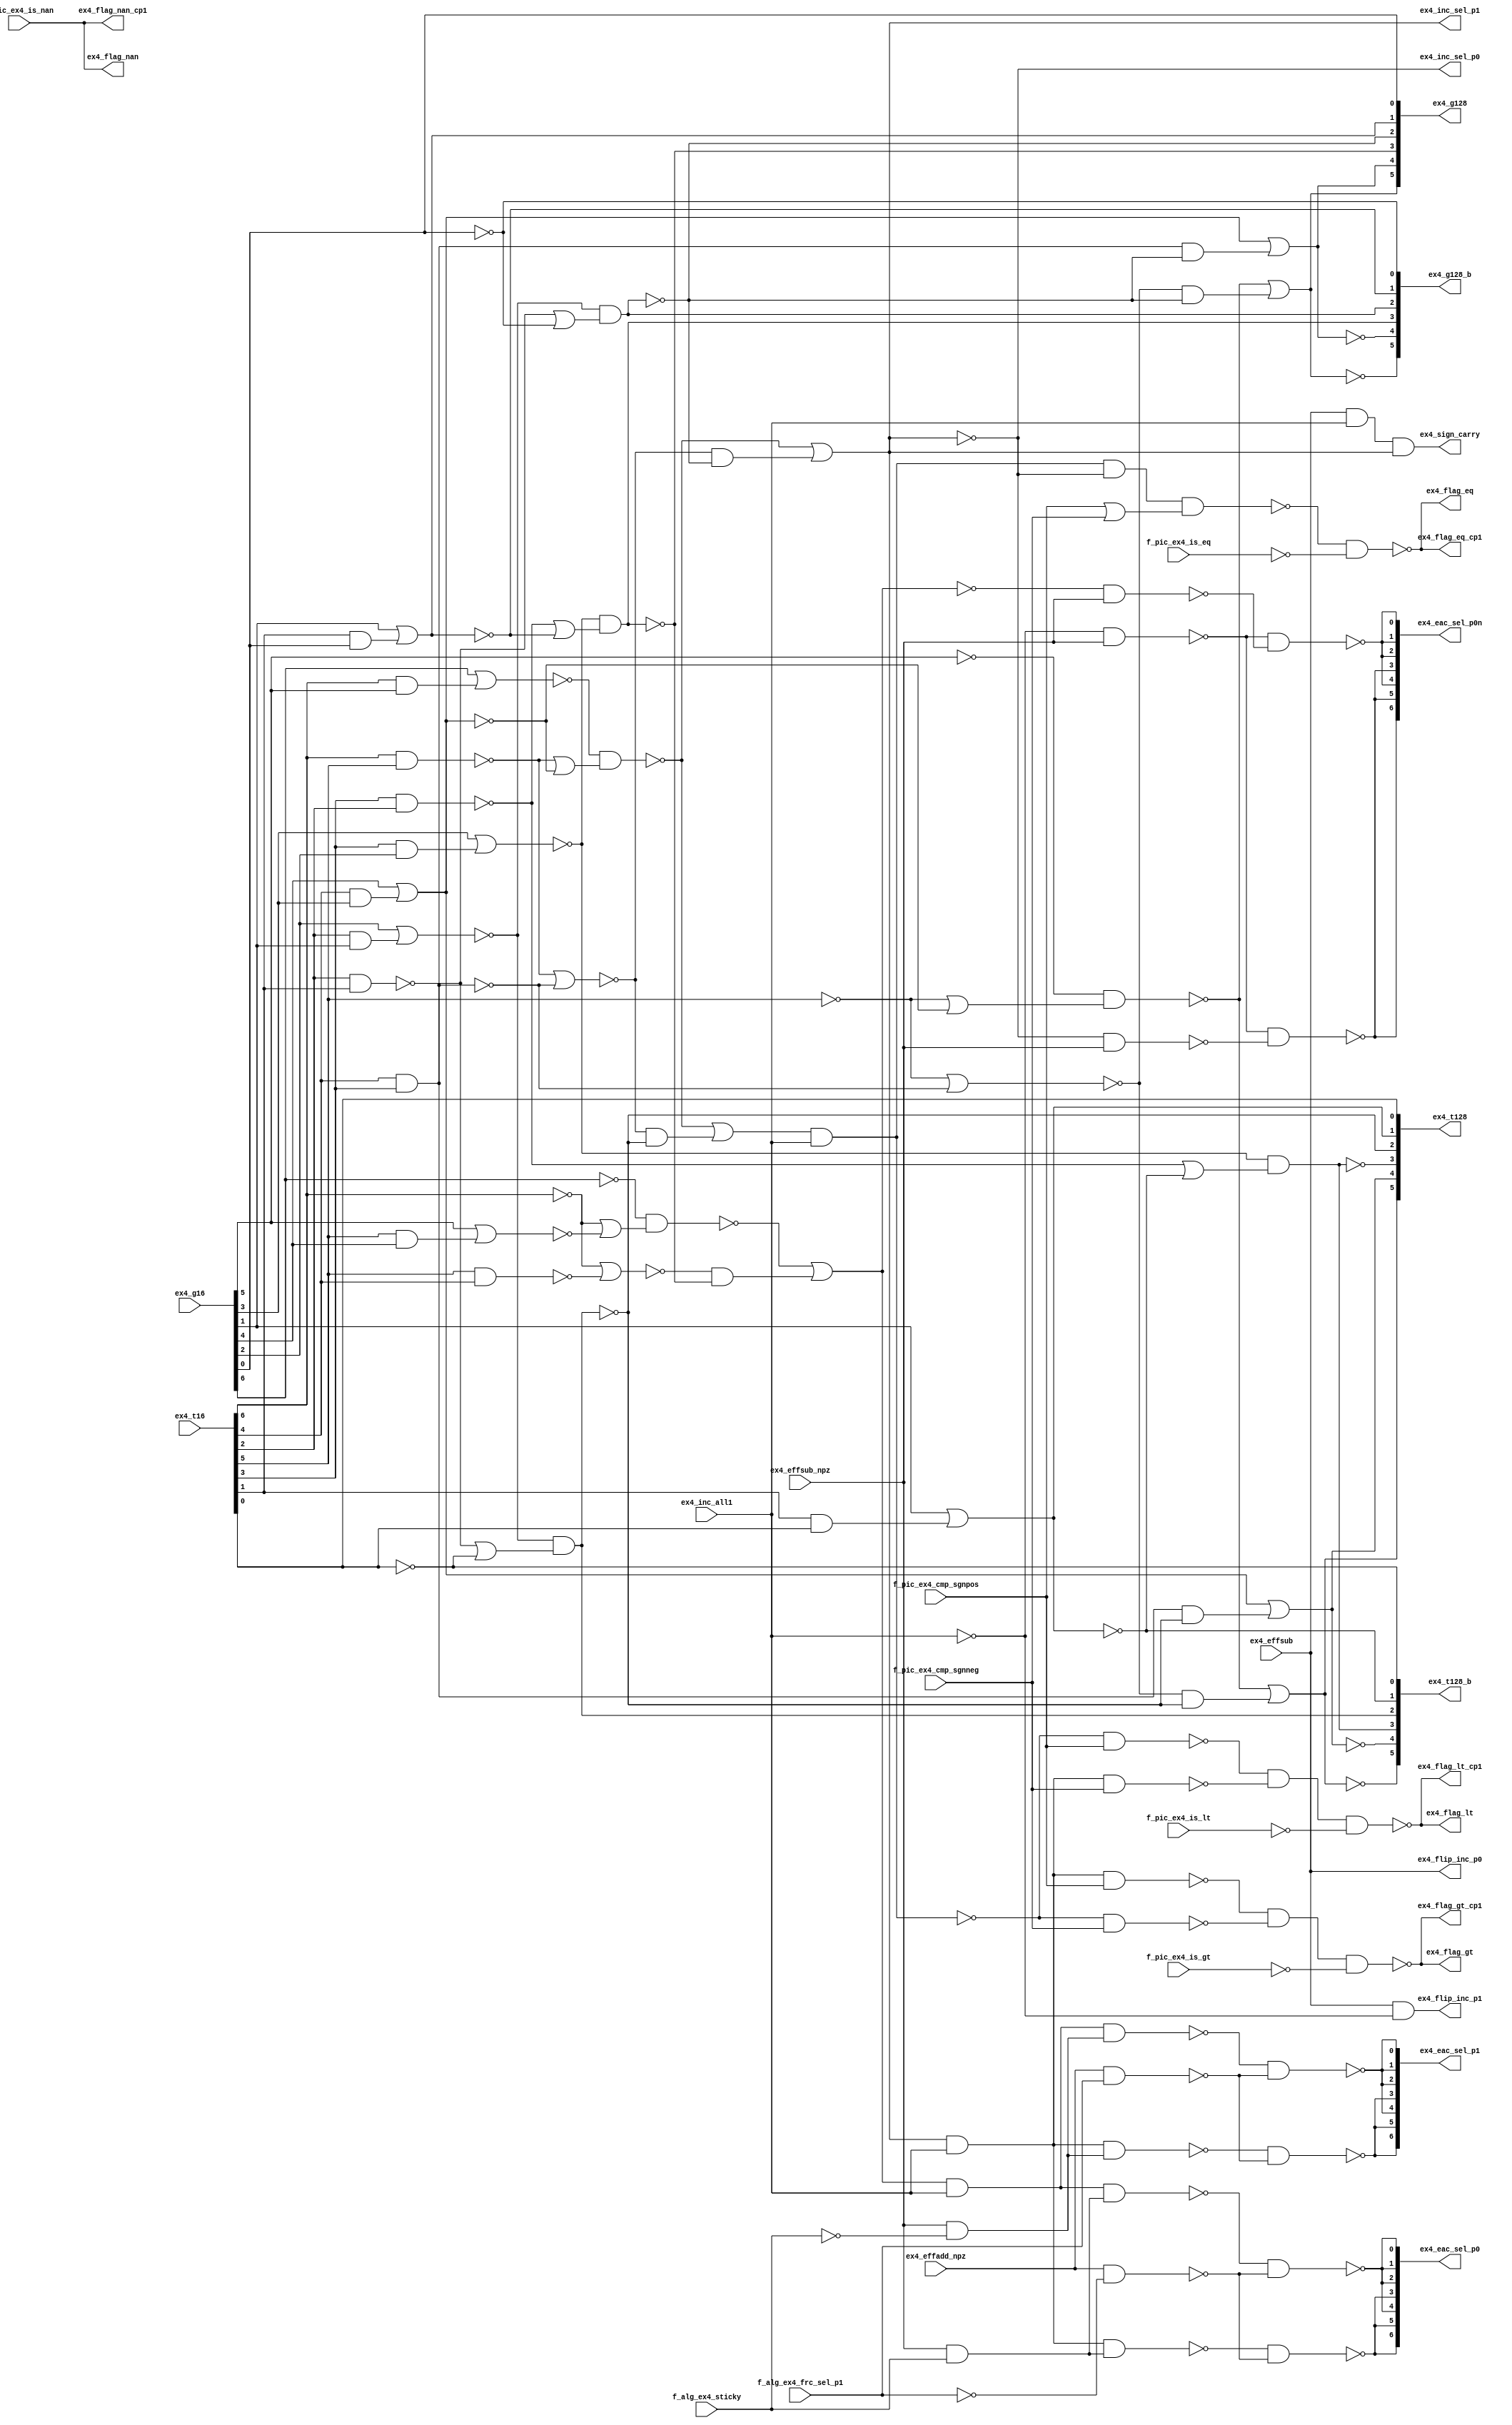
module fu_add_glbc(
   ex4_g16,
   ex4_t16,
   ex4_inc_all1,
   ex4_effsub,
   ex4_effsub_npz,
   ex4_effadd_npz,
   f_alg_ex4_frc_sel_p1,
   f_alg_ex4_sticky,
   f_pic_ex4_is_nan,
   f_pic_ex4_is_gt,
   f_pic_ex4_is_lt,
   f_pic_ex4_is_eq,
   f_pic_ex4_cmp_sgnpos,
   f_pic_ex4_cmp_sgnneg,
   ex4_g128,
   ex4_g128_b,
   ex4_t128,
   ex4_t128_b,
   ex4_flip_inc_p0,
   ex4_flip_inc_p1,
   ex4_inc_sel_p0,
   ex4_inc_sel_p1,
   ex4_eac_sel_p0n,
   ex4_eac_sel_p0,
   ex4_eac_sel_p1,
   ex4_sign_carry,
   ex4_flag_nan_cp1,
   ex4_flag_gt_cp1,
   ex4_flag_lt_cp1,
   ex4_flag_eq_cp1,
   ex4_flag_nan,
   ex4_flag_gt,
   ex4_flag_lt,
   ex4_flag_eq
);
   input [0:6]  ex4_g16;		// from each byte section
   input [0:6]  ex4_t16;		// from each byte section

   input        ex4_inc_all1;
   input        ex4_effsub;
   input        ex4_effsub_npz;
   input        ex4_effadd_npz;
   input        f_alg_ex4_frc_sel_p1;
   input        f_alg_ex4_sticky;
   input        f_pic_ex4_is_nan;
   input        f_pic_ex4_is_gt;
   input        f_pic_ex4_is_lt;
   input        f_pic_ex4_is_eq;
   input        f_pic_ex4_cmp_sgnpos;
   input        f_pic_ex4_cmp_sgnneg;
   //------------------
   output [1:6] ex4_g128;		// to each byte section
   output [1:6] ex4_g128_b;		// to each byte section
   output [1:6] ex4_t128;		// to each byte section
   output [1:6] ex4_t128_b;		// to each byte section
   //------------------
   output       ex4_flip_inc_p0;
   output       ex4_flip_inc_p1;
   output       ex4_inc_sel_p0;
   output       ex4_inc_sel_p1;
   output [0:6] ex4_eac_sel_p0n;
   output [0:6] ex4_eac_sel_p0;
   output [0:6] ex4_eac_sel_p1;

   output       ex4_sign_carry;
   output       ex4_flag_nan_cp1;
   output       ex4_flag_gt_cp1;
   output       ex4_flag_lt_cp1;
   output       ex4_flag_eq_cp1;
   output       ex4_flag_nan;
   output       ex4_flag_gt;
   output       ex4_flag_lt;
   output       ex4_flag_eq;

   parameter    tiup = 1'b1;
   parameter    tidn = 1'b0;

   wire         cp0_g32_01_b;
   wire         cp0_g32_23_b;
   wire         cp0_g32_45_b;
   wire         cp0_g32_66_b;
   wire         cp0_t32_01_b;
   wire         cp0_t32_23_b;
   wire         cp0_t32_45_b;
   wire         cp0_t32_66_b;
   wire         cp0_g64_03;
   wire         cp0_g64_46;
   wire         cp0_t64_03;
   wire         cp0_t64_46;
   wire         cp0_g128_06_b;
   wire         cp0_t128_06_b;
   wire         cp0_all1_b;
   wire         cp0_all1_p;
   wire         cp0_co_p0;
   wire         cp0_co_p1;
   wire         cp0_flip_inc_p1_b;
   wire         ex4_inc_sel_p0_b;
   wire         ex4_sign_carry_b;
   wire         ex4_my_gt_b;
   wire         ex4_my_lt;
   wire         ex4_my_eq_b;
   wire         ex4_my_gt;
   wire         ex4_my_eq;
   wire         ex4_gt_pos_b;
   wire         ex4_gt_neg_b;
   wire         ex4_lt_pos_b;
   wire         ex4_lt_neg_b;
   wire         ex4_eq_eq_b;
   wire         ex4_is_gt_b;
   wire         ex4_is_lt_b;
   wire         ex4_is_eq_b;
   wire         ex4_sgn_eq;

   wire         cp7_g32_00_b;
   wire         cp7_g32_12_b;
   wire         cp7_g32_34_b;
   wire         cp7_g32_56_b;
   wire         cp7_t32_00_b;
   wire         cp7_t32_12_b;
   wire         cp7_t32_34_b;
   wire         cp7_g64_02;
   wire         cp7_g64_36;
   wire         cp7_t64_02;
   wire         cp7_g128_06_b;
   wire         cp7_all1_b;
   wire         cp7_all1_p;
   wire         cp7_co_p0;
   wire         cp7_sel_p0n_x_b;
   wire         cp7_sel_p0n_y_b;
   wire         cp7_sel_p0_b;
   wire         cp7_sel_p1_b;
   wire         cp7_sub_sticky;
   wire         cp7_sub_stickyn;
   wire         cp7_add_frcp1_b;
   wire         cp7_add_frcp0_b;

   wire         cp6_g32_00_b;
   wire         cp6_g32_12_b;
   wire         cp6_g32_34_b;
   wire         cp6_g32_56_b;
   wire         cp6_t32_00_b;
   wire         cp6_t32_12_b;
   wire         cp6_t32_34_b;
   wire         cp6_g64_02;
   wire         cp6_g64_36;
   wire         cp6_t64_02;
   wire         cp6_g128_06_b;
   wire         cp6_all1_b;
   wire         cp6_all1_p;
   wire         cp6_co_p0;
   wire         cp6_sel_p0n_x_b;
   wire         cp6_sel_p0n_y_b;
   wire         cp6_sel_p0_b;
   wire         cp6_sel_p1_b;
   wire         cp6_sub_sticky;
   wire         cp6_sub_stickyn;
   wire         cp6_add_frcp1_b;
   wire         cp6_add_frcp0_b;

   wire         cp5_g32_00_b;
   wire         cp5_g32_12_b;
   wire         cp5_g32_34_b;
   wire         cp5_g32_56_b;
   wire         cp5_t32_00_b;
   wire         cp5_t32_12_b;
   wire         cp5_t32_34_b;
   wire         cp5_t32_56_b;
   wire         cp5_g64_02;
   wire         cp5_g64_36;
   wire         cp5_t64_02;
   wire         cp5_g128_06_b;
   wire         cp5_all1_b;
   wire         cp5_all1_p;
   wire         cp5_co_p0;
   wire         cp5_sel_p0n_x_b;
   wire         cp5_sel_p0n_y_b;
   wire         cp5_sel_p0_b;
   wire         cp5_sel_p1_b;
   wire         cp5_sub_sticky;
   wire         cp5_sub_stickyn;
   wire         cp5_add_frcp1_b;
   wire         cp5_add_frcp0_b;

   wire         cp4_g32_01_b;
   wire         cp4_g32_23_b;
   wire         cp4_g32_45_b;
   wire         cp4_g32_66_b;
   wire         cp4_t32_01_b;
   wire         cp4_t32_23_b;
   wire         cp4_t32_45_b;
   wire         cp4_t32_66_b;
   wire         cp4_g64_03;
   wire         cp4_g64_46;
   wire         cp4_t64_03;
   wire         cp4_t64_46;
   wire         cp4_g128_06_b;
   wire         cp4_all1_b;
   wire         cp4_all1_p;
   wire         cp4_co_p0;
   wire         cp4_sel_p0n_x_b;
   wire         cp4_sel_p0n_y_b;
   wire         cp4_sel_p0_b;
   wire         cp4_sel_p1_b;
   wire         cp4_sub_sticky;
   wire         cp4_sub_stickyn;
   wire         cp4_add_frcp1_b;
   wire         cp4_add_frcp0_b;

   wire         cp3_g32_00_b;
   wire         cp3_g32_12_b;
   wire         cp3_g32_34_b;
   wire         cp3_g32_56_b;
   wire         cp3_t32_00_b;
   wire         cp3_t32_12_b;
   wire         cp3_t32_34_b;
   wire         cp3_t32_56_b;
   wire         cp3_g64_02;
   wire         cp3_g64_36;
   wire         cp3_t64_02;
   wire         cp3_t64_36;
   wire         cp3_g128_06_b;
   wire         cp3_all1_b;
   wire         cp3_all1_p;
   wire         cp3_co_p0;
   wire         cp3_sel_p0n_x_b;
   wire         cp3_sel_p0n_y_b;
   wire         cp3_sel_p0_b;
   wire         cp3_sel_p1_b;
   wire         cp3_sub_sticky;
   wire         cp3_sub_stickyn;
   wire         cp3_add_frcp1_b;
   wire         cp3_add_frcp0_b;

   wire         cp2_g32_01_b;
   wire         cp2_g32_23_b;
   wire         cp2_g32_45_b;
   wire         cp2_g32_66_b;
   wire         cp2_t32_01_b;
   wire         cp2_t32_23_b;
   wire         cp2_t32_45_b;
   wire         cp2_t32_66_b;
   wire         cp2_g64_03;
   wire         cp2_g64_46;
   wire         cp2_t64_03;
   wire         cp2_t64_46;
   wire         cp2_g128_06_b;
   wire         cp2_all1_b;
   wire         cp2_all1_p;
   wire         cp2_co_p0;
   wire         cp2_sel_p0n_x_b;
   wire         cp2_sel_p0n_y_b;
   wire         cp2_sel_p0_b;
   wire         cp2_sel_p1_b;
   wire         cp2_sub_sticky;
   wire         cp2_sub_stickyn;
   wire         cp2_add_frcp1_b;
   wire         cp2_add_frcp0_b;

   wire         cp1_g32_01_b;
   wire         cp1_g32_23_b;
   wire         cp1_g32_45_b;
   wire         cp1_g32_66_b;
   wire         cp1_t32_01_b;
   wire         cp1_t32_23_b;
   wire         cp1_t32_45_b;
   wire         cp1_t32_66_b;
   wire         cp1_g64_03;
   wire         cp1_g64_46;
   wire         cp1_t64_03;
   wire         cp1_t64_46;
   wire         cp1_g128_06_b;
   wire         cp1_all1_b;
   wire         cp1_all1_p;
   wire         cp1_co_p0;
   wire         cp1_sel_p0n_x_b;
   wire         cp1_sel_p0n_y_b;
   wire         cp1_sel_p0_b;
   wire         cp1_sel_p1_b;
   wire         cp1_sub_sticky;
   wire         cp1_sub_stickyn;
   wire         cp1_add_frcp1_b;
   wire         cp1_add_frcp0_b;

   wire         cp1_g32_11_b;		//EXTRA
   wire         cp1_t32_11_b;
   wire         cp1_g64_13;
   wire         cp1_t64_13;
   wire         cp1_g128_16_b;
   wire         cp1_t128_16_b;
   wire         cp2_g64_23;
   wire         cp2_t64_23;
   wire         cp2_g128_26_b;
   wire         cp2_t128_26_b;
   wire         cp3_g128_36_b;
   wire         cp3_t128_36_b;
   wire         cp4_g128_46_b;
   wire         cp4_t128_46_b;
   wire         cp5_g64_56;
   wire         cp5_t64_56;
   wire         cp5_g128_56_b;
   wire         cp5_t128_56_b;
   wire         cp6_g32_66_b;
   wire         cp6_t32_66_b;

   wire         cp1_g128_16;		//DRIVER
   wire         cp1_t128_16;
   wire         cp2_g128_26;
   wire         cp2_t128_26;
   wire         cp3_g128_36;
   wire         cp3_t128_36;
   wire         cp4_g128_46;
   wire         cp4_t128_46;
   wire         cp5_g128_56;
   wire         cp5_t128_56;
   wire         cp6_g128_66;
   wire         cp6_t128_66;


   //=#########################################
   //= global carry chain <PARALLEL VERSIONS>
   //=#########################################
   // try to put all long wire from BYT to global
   // parallel copies should allow for smaller aoi/oai blocks

   //=#########################################
   //= CMP COPY
   //=#########################################

   //      --compare stuff----
   //        -- c0 : gt
   //        -- c1 : ge
   //
   //      ex4_my_eq <=    (ex4_add_co_p1 and ex4_inc_all1 ) and not ex4_add_co_p0; --  ge * !gt
   //      ex4_my_gt <=    (ex4_add_co_p0 and ex4_inc_all1 )                          ; --        gt
   //      ex4_my_lt <= not(ex4_add_co_p1 and ex4_inc_all1 )                          ; -- !ge
   //
   //      ex4_flag_nan  <= f_pic_ex4_is_nan;
   //      ex4_flag_gt   <= f_pic_ex4_is_gt  or (f_pic_ex4_cmp_sgnpos and ex4_my_gt) or (f_pic_ex4_cmp_sgnneg and ex4_my_lt) ;
   //      ex4_flag_lt   <= f_pic_ex4_is_lt  or (f_pic_ex4_cmp_sgnpos and ex4_my_lt) or (f_pic_ex4_cmp_sgnneg and ex4_my_gt) ;
   //      ex4_flag_eq   <= f_pic_ex4_is_eq  or (f_pic_ex4_cmp_sgnpos and ex4_my_eq) or (f_pic_ex4_cmp_sgnneg and ex4_my_eq) ;

   assign cp0_g32_01_b = (~(ex4_g16[0] | (ex4_t16[0] & ex4_g16[1])));		//cw_aoi21
   assign cp0_g32_23_b = (~(ex4_g16[2] | (ex4_t16[2] & ex4_g16[3])));		//cw_aoi21
   assign cp0_g32_45_b = (~(ex4_g16[4] | (ex4_t16[4] & ex4_g16[5])));		//cw_aoi21
   assign cp0_g32_66_b = (~(ex4_g16[6]));		//cw_invert --done

   assign cp0_t32_01_b = (~(ex4_t16[0] & ex4_t16[1]));		//cw_nand2
   assign cp0_t32_23_b = (~(ex4_t16[2] & ex4_t16[3]));		//cw_nand2
   assign cp0_t32_45_b = (~(ex4_t16[4] & ex4_t16[5]));		//cw_nand2
   assign cp0_t32_66_b = (~(ex4_t16[6]));		//cw_invert

   assign cp0_g64_03 = (~(cp0_g32_01_b & (cp0_t32_01_b | cp0_g32_23_b)));		//cw_oai21
   assign cp0_g64_46 = (~(cp0_g32_45_b & (cp0_t32_45_b | cp0_g32_66_b)));		//cw_oai21

   assign cp0_t64_03 = (~(cp0_t32_01_b | cp0_t32_23_b));		//cw_nor2
   assign cp0_t64_46 = (~(cp0_g32_45_b & (cp0_t32_45_b | cp0_t32_66_b)));		//cw_oai21

   assign cp0_g128_06_b = (~(cp0_g64_03 | (cp0_t64_03 & cp0_g64_46)));		//cw_aoi21
   assign cp0_t128_06_b = (~(cp0_g64_03 | (cp0_t64_03 & cp0_t64_46)));		//cw_aoi21

   assign cp0_all1_b = (~ex4_inc_all1);		//cw_invert
   assign cp0_all1_p = (~cp0_all1_b);		//cw_invert
   assign cp0_co_p0 = (~(cp0_g128_06_b));		//cw_invert
   assign cp0_co_p1 = (~(cp0_t128_06_b));		//cw_invert

   //-------------- incr eac selects --------------------

   assign ex4_flip_inc_p0 = ex4_effsub;		//NOT MAPPED --output--
   assign cp0_flip_inc_p1_b = (~(ex4_effsub & cp0_all1_b));		//cw_nand2
   assign ex4_flip_inc_p1 = (~(cp0_flip_inc_p1_b));		//cw_invert --output--

   assign ex4_inc_sel_p1 = (~cp0_g128_06_b);		//cw_invert --OUTPUT--
   assign ex4_inc_sel_p0_b = (~cp0_g128_06_b);		//cw_invert
   assign ex4_inc_sel_p0 = (~ex4_inc_sel_p0_b);		//cw_invert --OUTPUT--

   //-------------- sign selects --------------------

   assign ex4_sign_carry_b = (~(ex4_effsub & cp0_all1_p & cp0_co_p0));		//cw_nand3
   assign ex4_sign_carry = (~(ex4_sign_carry_b));		//cw_invert --OUTPUT--

   //--------------- compares ---------------------------

   assign ex4_my_gt_b = (~(cp0_co_p0 & cp0_all1_p));		//cw_nand2
   assign ex4_my_lt = (~(cp0_co_p1 & cp0_all1_p));		//cw_nand2
   assign ex4_my_eq_b = (~(cp0_co_p1 & cp0_all1_p & cp0_g128_06_b));		//cw_nand3

   assign ex4_my_gt = (~ex4_my_gt_b);		//cw_invert
   assign ex4_my_eq = (~ex4_my_eq_b);		//cw_invert

   assign ex4_gt_pos_b = (~(ex4_my_gt & f_pic_ex4_cmp_sgnpos));		//cw_nand2
   assign ex4_gt_neg_b = (~(ex4_my_lt & f_pic_ex4_cmp_sgnneg));		//cw_nand2
   assign ex4_lt_pos_b = (~(ex4_my_lt & f_pic_ex4_cmp_sgnpos));		//cw_nand2
   assign ex4_lt_neg_b = (~(ex4_my_gt & f_pic_ex4_cmp_sgnneg));		//cw_nand2
   assign ex4_eq_eq_b = (~(ex4_my_eq & ex4_sgn_eq));		//cw_nand3

   assign ex4_flag_gt = (~(ex4_gt_pos_b & ex4_gt_neg_b & ex4_is_gt_b));		//cw_nand3 --output--
   assign ex4_flag_gt_cp1 = (~(ex4_gt_pos_b & ex4_gt_neg_b & ex4_is_gt_b));		//cw_nand3 --output--
   assign ex4_flag_lt = (~(ex4_lt_pos_b & ex4_lt_neg_b & ex4_is_lt_b));		//cw_nand3 --output--
   assign ex4_flag_lt_cp1 = (~(ex4_lt_pos_b & ex4_lt_neg_b & ex4_is_lt_b));		//cw_nand3 --output--
   assign ex4_flag_eq = (~(ex4_eq_eq_b & ex4_is_eq_b));		//cw_nand2 --output--
   assign ex4_flag_eq_cp1 = (~(ex4_eq_eq_b & ex4_is_eq_b));		//cw_nand2 --output--

   assign ex4_flag_nan = f_pic_ex4_is_nan;		//NOT MAPPED --output--
   assign ex4_flag_nan_cp1 = f_pic_ex4_is_nan;		//NOT MAPPED --output--

   assign ex4_is_gt_b = (~(f_pic_ex4_is_gt));		//NOT MAPPED
   assign ex4_is_lt_b = (~(f_pic_ex4_is_lt));		//NOT MAPPED
   assign ex4_is_eq_b = (~(f_pic_ex4_is_eq));		//NOT MAPPED
   assign ex4_sgn_eq = f_pic_ex4_cmp_sgnpos | f_pic_ex4_cmp_sgnneg;		//NOT MAPPED

   //=#########################################
   //= BYT_0 MSB COPY
   //=#########################################

   assign cp1_g32_11_b = (~(ex4_g16[1]));		//cw_aoi21 --EXTRA
   assign cp1_g32_01_b = (~(ex4_g16[0] | (ex4_t16[0] & ex4_g16[1])));		//cw_aoi21
   assign cp1_g32_23_b = (~(ex4_g16[2] | (ex4_t16[2] & ex4_g16[3])));		//cw_aoi21
   assign cp1_g32_45_b = (~(ex4_g16[4] | (ex4_t16[4] & ex4_g16[5])));		//cw_aoi21
   assign cp1_g32_66_b = (~(ex4_g16[6]));		//cw_invert --done

   assign cp1_t32_11_b = (~(ex4_t16[1]));		//cw_invert --EXTRA
   assign cp1_t32_01_b = (~(ex4_t16[0] & ex4_t16[1]));		//cw_nand2
   assign cp1_t32_23_b = (~(ex4_t16[2] & ex4_t16[3]));		//cw_nand2
   assign cp1_t32_45_b = (~(ex4_t16[4] & ex4_t16[5]));		//cw_nand2
   assign cp1_t32_66_b = (~(ex4_t16[6]));		//cw_invert

   assign cp1_g64_03 = (~(cp1_g32_01_b & (cp1_t32_01_b | cp1_g32_23_b)));		//cw_oai21
   assign cp1_g64_13 = (~(cp1_g32_11_b & (cp1_t32_11_b | cp1_g32_23_b)));		//cw_oai21 --EXTRA
   assign cp1_g64_46 = (~(cp1_g32_45_b & (cp1_t32_45_b | cp1_g32_66_b)));		//cw_oai21

   assign cp1_t64_03 = (~(cp1_t32_01_b | cp1_t32_23_b));		//cw_nor2
   assign cp1_t64_13 = (~(cp1_t32_11_b | cp1_t32_23_b));		//cw_nor2 --EXTRA
   assign cp1_t64_46 = (~(cp1_g32_45_b & (cp1_t32_45_b | cp1_t32_66_b)));		//cw_oai21

   assign cp1_g128_06_b = (~(cp1_g64_03 | (cp1_t64_03 & cp1_g64_46)));		//cw_aoi21
   assign cp1_g128_16_b = (~(cp1_g64_13 | (cp1_t64_13 & cp1_g64_46)));		//cw_aoi21 --EXTRA
   assign cp1_t128_16_b = (~(cp1_g64_13 | (cp1_t64_13 & cp1_t64_46)));		//cw_aoi21 --EXTRA

   assign ex4_g128[1] = (~(cp1_g128_16_b));		//cw_invert --OUTPUT--
   assign cp1_g128_16 = (~(cp1_g128_16_b));		//cw_invert
   assign ex4_g128_b[1] = (~(cp1_g128_16));		//cw_invert --OUTPUT--
   assign ex4_t128[1] = (~(cp1_t128_16_b));		//cw_invert --OUTPUT--
   assign cp1_t128_16 = (~(cp1_t128_16_b));		//cw_invert
   assign ex4_t128_b[1] = (~(cp1_t128_16));		//cw_invert --OUTPUT--

   assign cp1_all1_b = (~ex4_inc_all1);		//cw_invert
   assign cp1_all1_p = (~cp1_all1_b);		//cw_invert
   assign cp1_co_p0 = (~(cp1_g128_06_b));		//cw_invert

   assign cp1_sel_p0n_x_b = (~(cp1_all1_b & ex4_effsub_npz));		//cw_nand2
   assign cp1_sel_p0n_y_b = (~(cp1_g128_06_b & ex4_effsub_npz));		//cw_nand2
   assign cp1_sel_p0_b = (~(cp1_co_p0 & cp1_all1_p & cp1_sub_sticky));		//cw_nand3
   assign cp1_sel_p1_b = (~(cp1_co_p0 & cp1_all1_p & cp1_sub_stickyn));		//cw_nand3

   assign ex4_eac_sel_p0n[0] = (~(cp1_sel_p0n_x_b & cp1_sel_p0n_y_b));		//cw_nand2 --OUTPUT--
   assign ex4_eac_sel_p0[0] = (~(cp1_sel_p0_b & cp1_add_frcp0_b));		//cw_nand2 --OUTPUT--
   assign ex4_eac_sel_p1[0] = (~(cp1_sel_p1_b & cp1_add_frcp1_b));		//cw_nand2 --OUTPUT--

   assign cp1_sub_sticky = ex4_effsub_npz & f_alg_ex4_sticky;		//NOT MAPPED
   assign cp1_sub_stickyn = ex4_effsub_npz & (~f_alg_ex4_sticky);		//NOT MAPPED
   assign cp1_add_frcp1_b = (~(ex4_effadd_npz & f_alg_ex4_frc_sel_p1));		//NOT MAPPED
   assign cp1_add_frcp0_b = (~(ex4_effadd_npz & (~f_alg_ex4_frc_sel_p1)));		//NOT MAPPED

   //=#########################################
   //= BYT_1 MSB COPY
   //=#########################################

   assign cp2_g32_01_b = (~(ex4_g16[0] | (ex4_t16[0] & ex4_g16[1])));		//cw_aoi21
   assign cp2_g32_23_b = (~(ex4_g16[2] | (ex4_t16[2] & ex4_g16[3])));		//cw_aoi21
   assign cp2_g32_45_b = (~(ex4_g16[4] | (ex4_t16[4] & ex4_g16[5])));		//cw_aoi21
   assign cp2_g32_66_b = (~(ex4_g16[6]));		//cw_invert --done

   assign cp2_t32_01_b = (~(ex4_t16[0] & ex4_t16[1]));		//cw_nand2
   assign cp2_t32_23_b = (~(ex4_t16[2] & ex4_t16[3]));		//cw_nand2
   assign cp2_t32_45_b = (~(ex4_t16[4] & ex4_t16[5]));		//cw_nand2
   assign cp2_t32_66_b = (~(ex4_t16[6]));		//cw_invert

   assign cp2_g64_23 = (~(cp2_g32_23_b));		//cw_invert --EXTRA
   assign cp2_g64_03 = (~(cp2_g32_01_b & (cp2_t32_01_b | cp2_g32_23_b)));		//cw_oai21
   assign cp2_g64_46 = (~(cp2_g32_45_b & (cp2_t32_45_b | cp2_g32_66_b)));		//cw_oai21

   assign cp2_t64_23 = (~(cp2_t32_23_b));		//cw_invert --EXTRA
   assign cp2_t64_03 = (~(cp2_t32_01_b | cp2_t32_23_b));		//cw_nor2
   assign cp2_t64_46 = (~(cp2_g32_45_b & (cp2_t32_45_b | cp2_t32_66_b)));		//cw_oai21

   assign cp2_g128_06_b = (~(cp2_g64_03 | (cp2_t64_03 & cp2_g64_46)));		//cw_aoi21
   assign cp2_g128_26_b = (~(cp2_g64_23 | (cp2_t64_23 & cp2_g64_46)));		//cw_aoi21 --EXTRA
   assign cp2_t128_26_b = (~(cp2_g64_23 | (cp2_t64_23 & cp2_t64_46)));		//cw_aoi21 --EXTRA

   assign ex4_g128[2] = (~(cp2_g128_26_b));		//cw_invert --OUTPUT--
   assign cp2_g128_26 = (~(cp2_g128_26_b));		//cw_invert
   assign ex4_g128_b[2] = (~(cp2_g128_26));		//cw_invert --OUTPUT--
   assign ex4_t128[2] = (~(cp2_t128_26_b));		//cw_invert --OUTPUT--
   assign cp2_t128_26 = (~(cp2_t128_26_b));		//cw_invert
   assign ex4_t128_b[2] = (~(cp2_t128_26));		//cw_invert --OUTPUT--

   assign cp2_all1_b = (~ex4_inc_all1);		//cw_invert
   assign cp2_all1_p = (~cp2_all1_b);		//cw_invert
   assign cp2_co_p0 = (~(cp2_g128_06_b));		//cw_invert

   assign cp2_sel_p0n_x_b = (~(cp2_all1_b & ex4_effsub_npz));		//cw_nand2
   assign cp2_sel_p0n_y_b = (~(cp2_g128_06_b & ex4_effsub_npz));		//cw_nand2
   assign cp2_sel_p0_b = (~(cp2_co_p0 & cp2_all1_p & cp2_sub_sticky));		//cw_nand3
   assign cp2_sel_p1_b = (~(cp2_co_p0 & cp2_all1_p & cp2_sub_stickyn));		//cw_nand3

   assign ex4_eac_sel_p0n[1] = (~(cp2_sel_p0n_x_b & cp2_sel_p0n_y_b));		//cw_nand2 --OUTPUT--
   assign ex4_eac_sel_p0[1] = (~(cp2_sel_p0_b & cp2_add_frcp0_b));		//cw_nand2 --OUTPUT--
   assign ex4_eac_sel_p1[1] = (~(cp2_sel_p1_b & cp2_add_frcp1_b));		//cw_nand2 --OUTPUT--

   assign cp2_sub_sticky = ex4_effsub_npz & f_alg_ex4_sticky;		//NOT MAPPED
   assign cp2_sub_stickyn = ex4_effsub_npz & (~f_alg_ex4_sticky);		//NOT MAPPED
   assign cp2_add_frcp1_b = (~(ex4_effadd_npz & f_alg_ex4_frc_sel_p1));		//NOT MAPPED
   assign cp2_add_frcp0_b = (~(ex4_effadd_npz & (~f_alg_ex4_frc_sel_p1)));		//NOT MAPPED

   //=#########################################
   //= BYT_2 MSB COPY
   //=#########################################

   assign cp3_g32_00_b = (~(ex4_g16[0]));		//cw_invert
   assign cp3_g32_12_b = (~(ex4_g16[1] | (ex4_t16[1] & ex4_g16[2])));		//cw_aoi21
   assign cp3_g32_34_b = (~(ex4_g16[3] | (ex4_t16[3] & ex4_g16[4])));		//cw_aoi21
   assign cp3_g32_56_b = (~(ex4_g16[5] | (ex4_t16[5] & ex4_g16[6])));		//cw_aoi21

   assign cp3_t32_00_b = (~(ex4_t16[0]));		//cw_invert
   assign cp3_t32_12_b = (~(ex4_t16[1] & ex4_t16[2]));		//cw_nand2
   assign cp3_t32_34_b = (~(ex4_t16[3] & ex4_t16[4]));		//cw_nand2
   assign cp3_t32_56_b = (~(ex4_g16[5] | (ex4_t16[5] & ex4_t16[6])));		//cw_aoi21

   assign cp3_g64_02 = (~(cp3_g32_00_b & (cp3_t32_00_b | cp3_g32_12_b)));		//cw_oai21
   assign cp3_g64_36 = (~(cp3_g32_34_b & (cp3_t32_34_b | cp3_g32_56_b)));		//cw_oai21

   assign cp3_t64_02 = (~(cp3_t32_00_b | cp3_t32_12_b));		//cw_nor2
   assign cp3_t64_36 = (~(cp3_g32_34_b & (cp3_t32_34_b | cp3_t32_56_b)));		//cw_oai21

   assign cp3_g128_06_b = (~(cp3_g64_02 | (cp3_t64_02 & cp3_g64_36)));		//cw_aoi21
   assign cp3_g128_36_b = (~(cp3_g64_36));		//cw_invert --EXTRA
   assign cp3_t128_36_b = (~(cp3_t64_36));		//cw_invert --EXTRA

   assign ex4_g128[3] = (~(cp3_g128_36_b));		//cw_invert --OUTPUT--
   assign cp3_g128_36 = (~(cp3_g128_36_b));		//cw_invert
   assign ex4_g128_b[3] = (~(cp3_g128_36));		//cw_invert --OUTPUT--
   assign ex4_t128[3] = (~(cp3_t128_36_b));		//cw_invert --OUTPUT--
   assign cp3_t128_36 = (~(cp3_t128_36_b));		//cw_invert
   assign ex4_t128_b[3] = (~(cp3_t128_36));		//cw_invert --OUTPUT--

   assign cp3_all1_b = (~ex4_inc_all1);		//cw_invert
   assign cp3_all1_p = (~cp3_all1_b);		//cw_invert
   assign cp3_co_p0 = (~(cp3_g128_06_b));		//cw_invert

   assign cp3_sel_p0n_x_b = (~(cp3_all1_b & ex4_effsub_npz));		//cw_nand2
   assign cp3_sel_p0n_y_b = (~(cp3_g128_06_b & ex4_effsub_npz));		//cw_nand2
   assign cp3_sel_p0_b = (~(cp3_co_p0 & cp3_all1_p & cp3_sub_sticky));		//cw_nand3
   assign cp3_sel_p1_b = (~(cp3_co_p0 & cp3_all1_p & cp3_sub_stickyn));		//cw_nand3

   assign ex4_eac_sel_p0n[2] = (~(cp3_sel_p0n_x_b & cp3_sel_p0n_y_b));		//cw_nand2 --OUTPUT--
   assign ex4_eac_sel_p0[2] = (~(cp3_sel_p0_b & cp3_add_frcp0_b));		//cw_nand2 --OUTPUT--
   assign ex4_eac_sel_p1[2] = (~(cp3_sel_p1_b & cp3_add_frcp1_b));		//cw_nand2 --OUTPUT--

   assign cp3_sub_sticky = ex4_effsub_npz & f_alg_ex4_sticky;		//NOT MAPPED
   assign cp3_sub_stickyn = ex4_effsub_npz & (~f_alg_ex4_sticky);		//NOT MAPPED
   assign cp3_add_frcp1_b = (~(ex4_effadd_npz & f_alg_ex4_frc_sel_p1));		//NOT MAPPED
   assign cp3_add_frcp0_b = (~(ex4_effadd_npz & (~f_alg_ex4_frc_sel_p1)));		//NOT MAPPED

   //=#########################################
   //= BYT_3 MSB COPY
   //=#########################################

   assign cp4_g32_01_b = (~(ex4_g16[0] | (ex4_t16[0] & ex4_g16[1])));		//cw_aoi21
   assign cp4_g32_23_b = (~(ex4_g16[2] | (ex4_t16[2] & ex4_g16[3])));		//cw_aoi21
   assign cp4_g32_45_b = (~(ex4_g16[4] | (ex4_t16[4] & ex4_g16[5])));		//cw_aoi21
   assign cp4_g32_66_b = (~(ex4_g16[6]));		//cw_invert --done

   assign cp4_t32_01_b = (~(ex4_t16[0] & ex4_t16[1]));		//cw_nand2
   assign cp4_t32_23_b = (~(ex4_t16[2] & ex4_t16[3]));		//cw_nand2
   assign cp4_t32_45_b = (~(ex4_t16[4] & ex4_t16[5]));		//cw_nand2
   assign cp4_t32_66_b = (~(ex4_t16[6]));		//cw_invert

   assign cp4_g64_03 = (~(cp4_g32_01_b & (cp4_t32_01_b | cp4_g32_23_b)));		//cw_oai21
   assign cp4_g64_46 = (~(cp4_g32_45_b & (cp4_t32_45_b | cp4_g32_66_b)));		//cw_oai21

   assign cp4_t64_03 = (~(cp4_t32_01_b | cp4_t32_23_b));		//cw_nor2
   assign cp4_t64_46 = (~(cp4_g32_45_b & (cp4_t32_45_b | cp4_t32_66_b)));		//cw_oai21

   assign cp4_g128_06_b = (~(cp4_g64_03 | (cp4_t64_03 & cp4_g64_46)));		//cw_aoi21
   assign cp4_g128_46_b = (~(cp4_g64_46));		//cw_invert --EXTRA
   assign cp4_t128_46_b = (~(cp4_t64_46));		//cw_invert --EXTRA

   assign ex4_g128[4] = (~(cp4_g128_46_b));		//cw_invert --OUTPUT--
   assign cp4_g128_46 = (~(cp4_g128_46_b));		//cw_invert
   assign ex4_g128_b[4] = (~(cp4_g128_46));		//cw_invert --OUTPUT--
   assign ex4_t128[4] = (~(cp4_t128_46_b));		//cw_invert --OUTPUT--
   assign cp4_t128_46 = (~(cp4_t128_46_b));		//cw_invert
   assign ex4_t128_b[4] = (~(cp4_t128_46));		//cw_invert --OUTPUT--

   assign cp4_all1_b = (~ex4_inc_all1);		//cw_invert
   assign cp4_all1_p = (~cp4_all1_b);		//cw_invert
   assign cp4_co_p0 = (~(cp4_g128_06_b));		//cw_invert

   assign cp4_sel_p0n_x_b = (~(cp4_all1_b & ex4_effsub_npz));		//cw_nand2
   assign cp4_sel_p0n_y_b = (~(cp4_g128_06_b & ex4_effsub_npz));		//cw_nand2
   assign cp4_sel_p0_b = (~(cp4_co_p0 & cp4_all1_p & cp4_sub_sticky));		//cw_nand3
   assign cp4_sel_p1_b = (~(cp4_co_p0 & cp4_all1_p & cp4_sub_stickyn));		//cw_nand3

   assign ex4_eac_sel_p0n[3] = (~(cp4_sel_p0n_x_b & cp4_sel_p0n_y_b));		//cw_nand2 --OUTPUT--
   assign ex4_eac_sel_p0[3] = (~(cp4_sel_p0_b & cp4_add_frcp0_b));		//cw_nand2 --OUTPUT--
   assign ex4_eac_sel_p1[3] = (~(cp4_sel_p1_b & cp4_add_frcp1_b));		//cw_nand2 --OUTPUT--

   assign cp4_sub_sticky = ex4_effsub_npz & f_alg_ex4_sticky;		//NOT MAPPED
   assign cp4_sub_stickyn = ex4_effsub_npz & (~f_alg_ex4_sticky);		//NOT MAPPED
   assign cp4_add_frcp1_b = (~(ex4_effadd_npz & f_alg_ex4_frc_sel_p1));		//NOT MAPPED
   assign cp4_add_frcp0_b = (~(ex4_effadd_npz & (~f_alg_ex4_frc_sel_p1)));		//NOT MAPPED

   //=#########################################
   //= BYT_4
   //=#########################################

   assign cp5_g32_00_b = (~(ex4_g16[0]));		//cw_invert
   assign cp5_g32_12_b = (~(ex4_g16[1] | (ex4_t16[1] & ex4_g16[2])));		//cw_aoi21
   assign cp5_g32_34_b = (~(ex4_g16[3] | (ex4_t16[3] & ex4_g16[4])));		//cw_aoi21
   assign cp5_g32_56_b = (~(ex4_g16[5] | (ex4_t16[5] & ex4_g16[6])));		//cw_aoi21

   assign cp5_t32_00_b = (~(ex4_t16[0]));		//cw_invert
   assign cp5_t32_12_b = (~(ex4_t16[1] & ex4_t16[2]));		//cw_nand2
   assign cp5_t32_34_b = (~(ex4_t16[3] & ex4_t16[4]));		//cw_nand2
   assign cp5_t32_56_b = (~(ex4_g16[5] | (ex4_t16[5] & ex4_t16[6])));		//cw_aoi21

   assign cp5_g64_02 = (~(cp5_g32_00_b & (cp5_t32_00_b | cp5_g32_12_b)));		//cw_oai21
   assign cp5_g64_36 = (~(cp5_g32_34_b & (cp5_t32_34_b | cp5_g32_56_b)));		//cw_oai21
   assign cp5_g64_56 = (~(cp5_g32_56_b));		//cw_invert --EXTRA

   assign cp5_t64_02 = (~(cp5_t32_00_b | cp5_t32_12_b));		//cw_nor2
   assign cp5_t64_56 = (~(cp5_t32_56_b));		//cw_invert --EXTRA

   assign cp5_g128_06_b = (~(cp5_g64_02 | (cp5_t64_02 & cp5_g64_36)));		//cw_aoi21
   assign cp5_g128_56_b = (~(cp5_g64_56));		//cw_invert --EXTRA
   assign cp5_t128_56_b = (~(cp5_t64_56));		//cw_invert --EXTRA

   assign ex4_g128[5] = (~(cp5_g128_56_b));		//cw_invert --OUTPUT--
   assign cp5_g128_56 = (~(cp5_g128_56_b));		//cw_invert
   assign ex4_g128_b[5] = (~(cp5_g128_56));		//cw_invert --OUTPUT--
   assign ex4_t128[5] = (~(cp5_t128_56_b));		//cw_invert --OUTPUT--
   assign cp5_t128_56 = (~(cp5_t128_56_b));		//cw_invert
   assign ex4_t128_b[5] = (~(cp5_t128_56));		//cw_invert --OUTPUT--

   assign cp5_all1_b = (~ex4_inc_all1);		//cw_invert
   assign cp5_all1_p = (~cp5_all1_b);		//cw_invert
   assign cp5_co_p0 = (~(cp5_g128_06_b));		//cw_invert

   assign cp5_sel_p0n_x_b = (~(cp5_all1_b & ex4_effsub_npz));		//cw_nand2
   assign cp5_sel_p0n_y_b = (~(cp5_g128_06_b & ex4_effsub_npz));		//cw_nand2
   assign cp5_sel_p0_b = (~(cp5_co_p0 & cp5_all1_p & cp5_sub_sticky));		//cw_nand3
   assign cp5_sel_p1_b = (~(cp5_co_p0 & cp5_all1_p & cp5_sub_stickyn));		//cw_nand3

   assign ex4_eac_sel_p0n[4] = (~(cp5_sel_p0n_x_b & cp5_sel_p0n_y_b));		//cw_nand2 --OUTPUT--
   assign ex4_eac_sel_p0[4] = (~(cp5_sel_p0_b & cp5_add_frcp0_b));		//cw_nand2 --OUTPUT--
   assign ex4_eac_sel_p1[4] = (~(cp5_sel_p1_b & cp5_add_frcp1_b));		//cw_nand2 --OUTPUT--

   assign cp5_sub_sticky = ex4_effsub_npz & f_alg_ex4_sticky;		//NOT MAPPED
   assign cp5_sub_stickyn = ex4_effsub_npz & (~f_alg_ex4_sticky);		//NOT MAPPED
   assign cp5_add_frcp1_b = (~(ex4_effadd_npz & f_alg_ex4_frc_sel_p1));		//NOT MAPPED
   assign cp5_add_frcp0_b = (~(ex4_effadd_npz & (~f_alg_ex4_frc_sel_p1)));		//NOT MAPPED

   //=#########################################
   //= BYT_5
   //=#########################################

   assign cp6_g32_00_b = (~(ex4_g16[0]));		//cw_invert
   assign cp6_g32_12_b = (~(ex4_g16[1] | (ex4_t16[1] & ex4_g16[2])));		//cw_aoi21
   assign cp6_g32_34_b = (~(ex4_g16[3] | (ex4_t16[3] & ex4_g16[4])));		//cw_aoi21
   assign cp6_g32_56_b = (~(ex4_g16[5] | (ex4_t16[5] & ex4_g16[6])));		//cw_aoi21
   assign cp6_g32_66_b = (~(ex4_g16[6]));		//cw_invert EXTRA

   assign cp6_t32_00_b = (~(ex4_t16[0]));		//cw_invert
   assign cp6_t32_12_b = (~(ex4_t16[1] & ex4_t16[2]));		//cw_nand2
   assign cp6_t32_34_b = (~(ex4_t16[3] & ex4_t16[4]));		//cw_nand2
   assign cp6_t32_66_b = (~(ex4_t16[6]));		//cw_invert EXTRA

   assign cp6_g64_02 = (~(cp6_g32_00_b & (cp6_t32_00_b | cp6_g32_12_b)));		//cw_oai21
   assign cp6_g64_36 = (~(cp6_g32_34_b & (cp6_t32_34_b | cp6_g32_56_b)));		//cw_oai21

   assign cp6_t64_02 = (~(cp6_t32_00_b | cp6_t32_12_b));		//cw_nor2

   assign cp6_g128_06_b = (~(cp6_g64_02 | (cp6_t64_02 & cp6_g64_36)));		//cw_aoi21

   assign ex4_g128[6] = (~(cp6_g32_66_b));		//cw_invert --OUTPUT--
   assign cp6_g128_66 = (~(cp6_g32_66_b));		//cw_invert
   assign ex4_g128_b[6] = (~(cp6_g128_66));		//cw_invert --OUTPUT--
   assign ex4_t128[6] = (~(cp6_t32_66_b));		//cw_invert --OUTPUT--
   assign cp6_t128_66 = (~(cp6_t32_66_b));		//cw_invert
   assign ex4_t128_b[6] = (~(cp6_t128_66));		//cw_invert --OUTPUT--

   assign cp6_all1_b = (~ex4_inc_all1);		//cw_invert
   assign cp6_all1_p = (~cp6_all1_b);		//cw_invert
   assign cp6_co_p0 = (~(cp6_g128_06_b));		//cw_invert

   assign cp6_sel_p0n_x_b = (~(cp6_all1_b & ex4_effsub_npz));		//cw_nand2
   assign cp6_sel_p0n_y_b = (~(cp6_g128_06_b & ex4_effsub_npz));		//cw_nand2
   assign cp6_sel_p0_b = (~(cp6_co_p0 & cp6_all1_p & cp6_sub_sticky));		//cw_nand3
   assign cp6_sel_p1_b = (~(cp6_co_p0 & cp6_all1_p & cp6_sub_stickyn));		//cw_nand3

   assign ex4_eac_sel_p0n[5] = (~(cp6_sel_p0n_x_b & cp6_sel_p0n_y_b));		//cw_nand2 --OUTPUT--
   assign ex4_eac_sel_p0[5] = (~(cp6_sel_p0_b & cp6_add_frcp0_b));		//cw_nand2 --OUTPUT--
   assign ex4_eac_sel_p1[5] = (~(cp6_sel_p1_b & cp6_add_frcp1_b));		//cw_nand2 --OUTPUT--

   assign cp6_sub_sticky = ex4_effsub_npz & f_alg_ex4_sticky;		//NOT MAPPED
   assign cp6_sub_stickyn = ex4_effsub_npz & (~f_alg_ex4_sticky);		//NOT MAPPED
   assign cp6_add_frcp1_b = (~(ex4_effadd_npz & f_alg_ex4_frc_sel_p1));		//NOT MAPPED
   assign cp6_add_frcp0_b = (~(ex4_effadd_npz & (~f_alg_ex4_frc_sel_p1)));		//NOT MAPPED

   //=#########################################
   //= BYT_6 LSB COPY
   //=#########################################

   assign cp7_g32_00_b = (~(ex4_g16[0]));		//cw_invert
   assign cp7_g32_12_b = (~(ex4_g16[1] | (ex4_t16[1] & ex4_g16[2])));		//cw_aoi21
   assign cp7_g32_34_b = (~(ex4_g16[3] | (ex4_t16[3] & ex4_g16[4])));		//cw_aoi21
   assign cp7_g32_56_b = (~(ex4_g16[5] | (ex4_t16[5] & ex4_g16[6])));		//cw_aoi21

   assign cp7_t32_00_b = (~(ex4_t16[0]));		//cw_invert
   assign cp7_t32_12_b = (~(ex4_t16[1] & ex4_t16[2]));		//cw_nand2
   assign cp7_t32_34_b = (~(ex4_t16[3] & ex4_t16[4]));		//cw_nand2

   assign cp7_g64_02 = (~(cp7_g32_00_b & (cp7_t32_00_b | cp7_g32_12_b)));		//cw_oai21
   assign cp7_g64_36 = (~(cp7_g32_34_b & (cp7_t32_34_b | cp7_g32_56_b)));		//cw_oai21

   assign cp7_t64_02 = (~(cp7_t32_00_b | cp7_t32_12_b));		//cw_nor2

   assign cp7_g128_06_b = (~(cp7_g64_02 | (cp7_t64_02 & cp7_g64_36)));		//cw_aoi21

   assign cp7_all1_b = (~ex4_inc_all1);		//cw_invert
   assign cp7_all1_p = (~cp7_all1_b);		//cw_invert
   assign cp7_co_p0 = (~(cp7_g128_06_b));		//cw_invert

   assign cp7_sel_p0n_x_b = (~(cp7_all1_b & ex4_effsub_npz));		//cw_nand2
   assign cp7_sel_p0n_y_b = (~(cp7_g128_06_b & ex4_effsub_npz));		//cw_nand2
   assign cp7_sel_p0_b = (~(cp7_co_p0 & cp7_all1_p & cp7_sub_sticky));		//cw_nand3
   assign cp7_sel_p1_b = (~(cp7_co_p0 & cp7_all1_p & cp7_sub_stickyn));		//cw_nand3

   assign ex4_eac_sel_p0n[6] = (~(cp7_sel_p0n_x_b & cp7_sel_p0n_y_b));		//cw_nand2 --OUTPUT--
   assign ex4_eac_sel_p0[6] = (~(cp7_sel_p0_b & cp7_add_frcp0_b));		//cw_nand2 --OUTPUT--
   assign ex4_eac_sel_p1[6] = (~(cp7_sel_p1_b & cp7_add_frcp1_b));		//cw_nand2 --OUTPUT--

   assign cp7_sub_sticky = ex4_effsub_npz & f_alg_ex4_sticky;		//NOT MAPPED
   assign cp7_sub_stickyn = ex4_effsub_npz & (~f_alg_ex4_sticky);		//NOT MAPPED
   assign cp7_add_frcp1_b = (~(ex4_effadd_npz & f_alg_ex4_frc_sel_p1));		//NOT MAPPED
   assign cp7_add_frcp0_b = (~(ex4_effadd_npz & (~f_alg_ex4_frc_sel_p1)));		//NOT MAPPED

endmodule